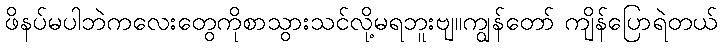
ဖိနပ်မပါဘဲကလေးတွေကိုစာသွားသင်လို့မရဘူးဗျ။ကျွန်တော် ကျိန်ပြောရဲတယ်